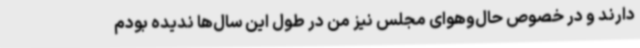
دارند و در خصوص حال‌وهوای مجلس نیز من در طول این سال‌ها ندیده بودم